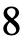
8